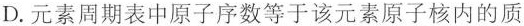
D.元素周期表中原子序数等于该元素原子核内的质